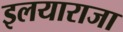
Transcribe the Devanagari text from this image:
इलयाराजा